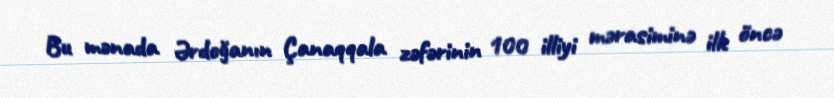
Bu mənada Ərdoğanın Çanaqqala zəfərinin 100 illiyi mərasiminə ilk öncə